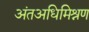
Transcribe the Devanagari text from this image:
अंतअधिमिश्रण